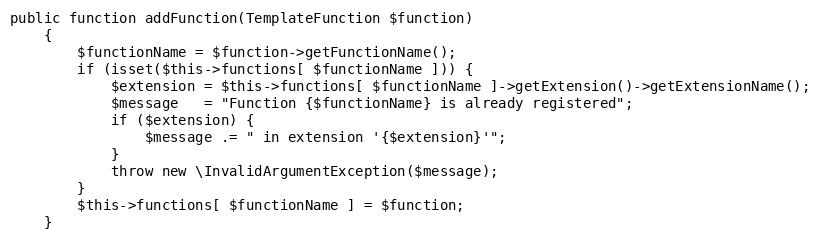
Language: PHP
public function addFunction(TemplateFunction $function)
    {
        $functionName = $function->getFunctionName();
        if (isset($this->functions[ $functionName ])) {
            $extension = $this->functions[ $functionName ]->getExtension()->getExtensionName();
            $message   = "Function {$functionName} is already registered";
            if ($extension) {
                $message .= " in extension '{$extension}'";
            }
            throw new \InvalidArgumentException($message);
        }
        $this->functions[ $functionName ] = $function;
    }